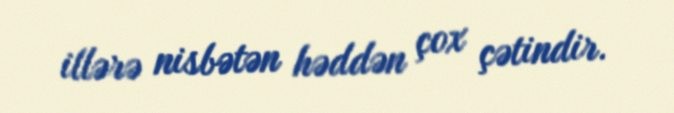
illərə nisbətən həddən çox çətindir.